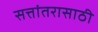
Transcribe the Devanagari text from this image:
सत्तांतरासाठी